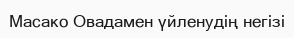
Масако Овадамен үйленудің негізі